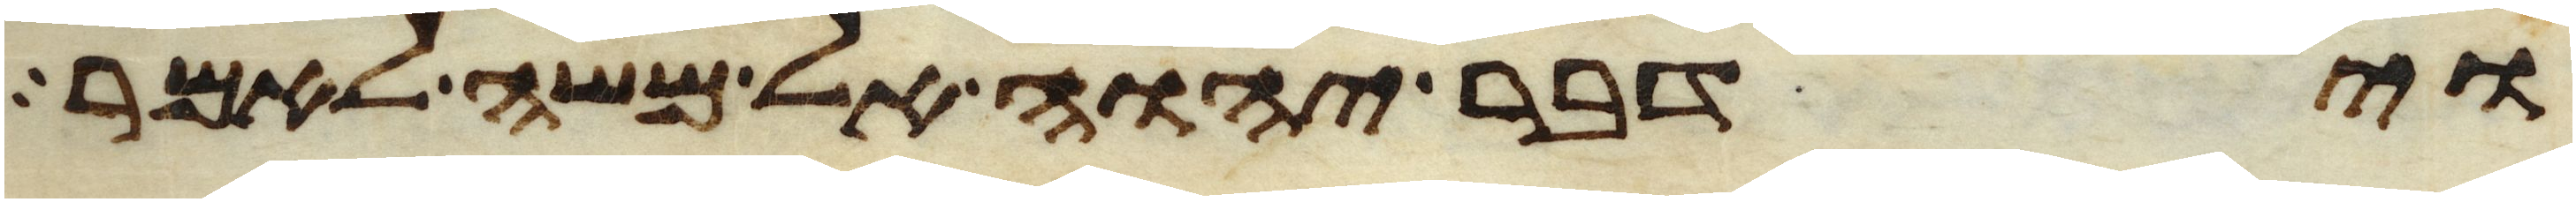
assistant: וידבר יהוה אל משה לאמר